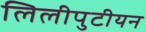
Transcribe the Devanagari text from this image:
लिलीपुटीयन